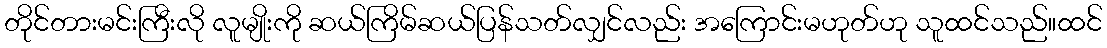
တိုင်တားမင်းကြီးလို လူမျိုးကို ဆယ်ကြိမ်ဆယ်ပြန်သတ်လျှင်လည်း အကြောင်းမဟုတ်ဟု သူထင်သည်။ထင်